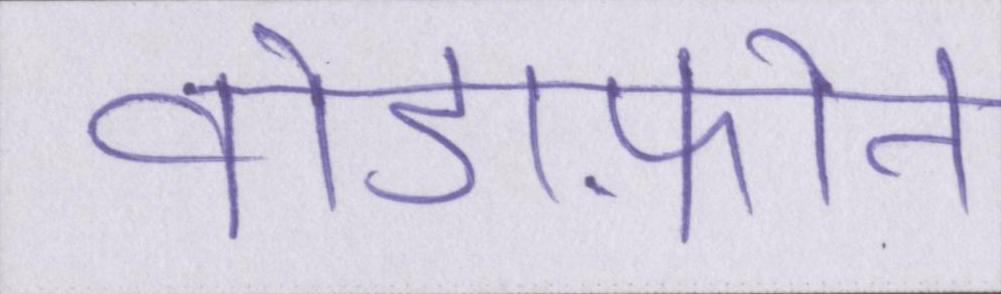
वोडाफ़ोन